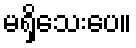
မရှိသေးပေ။